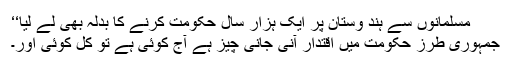
مسلمانوں سے ہند وستان پر ایک ہزار سال حکومت کرنے کا بدلہ بھی لے لیا‘‘
جمہوری طرز حکومت میں اقتدار آنی جانی چیز ہے آج کوئی ہے تو کل کوئی اور۔